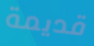
قديمة